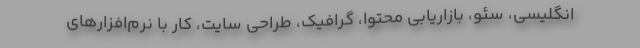
انگلیسی، سئو، بازاریابی محتوا، گرافیک، طراحی سایت، کار با نرم‌افزارهای